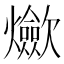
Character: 𱬬